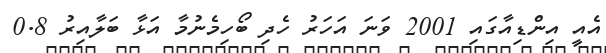
އެއީ އިންޑިއާގައި 2001 ވަނަ އަހަރު ހެދި ބޯހިމެނުމާ އަޅާ ބަލާއިރު 0.8